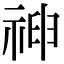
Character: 𥚞